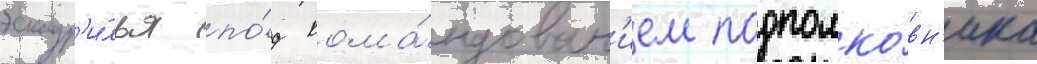
эскадр'и́лья по́д кома́ндован'ием подполко́вн'ика